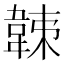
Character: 𩎩